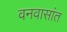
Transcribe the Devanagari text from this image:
वनवासांत